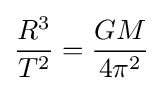
{\frac {R^{3}}{T^{2}}}={\frac {GM}{4\pi ^{2}}}